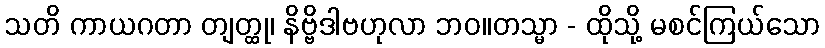
သတိ ကာယဂတာ တျတ္ထု၊ နိဗ္ဗိဒါဗဟုလာ ဘဝ။တသ္မာ - ထိုသို့ မစင်ကြယ်သော